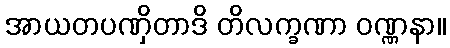
အာယတပဏှိတာဒိ တိလက္ခဏာ ဝဏ္ဏနာ။